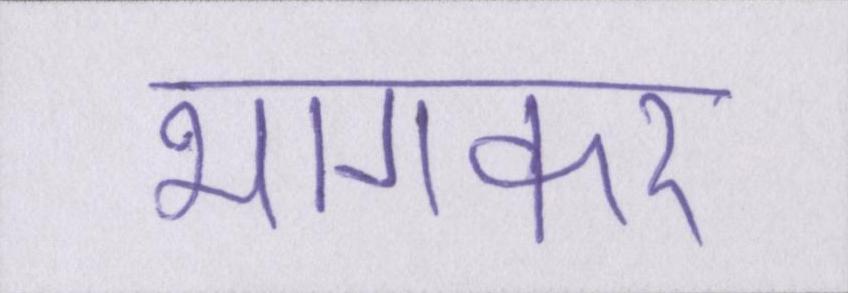
भागकर